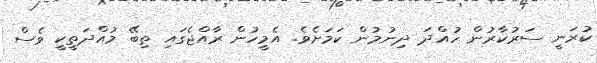
ކުރަނީ ސަރުކާރުން ހުއްދަ ދިނުމުން ކަމަށެވެ. އެމީހުން ރާއްޖެގައި ތިބޭ މުއްދަތީކީ ވެސް